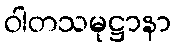
ဝါတသမုဋ္ဌာနာ